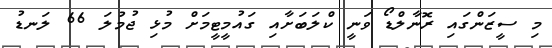
މި ސީޒަންގައި ރޮނާލްޑޯ ވަނީ ކްލަބަށާއި ގައުމީޓީމަށް މުޅި ޖުމުލަ 66 ލަނޑު